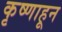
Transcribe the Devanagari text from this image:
कृष्णाहून